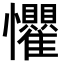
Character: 𪭈